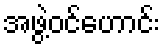
အဖွဲ့ဝင်ဟောင်း